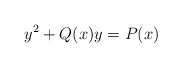
\begin{align*} y^2+Q(x)y=P(x)\end{align*}